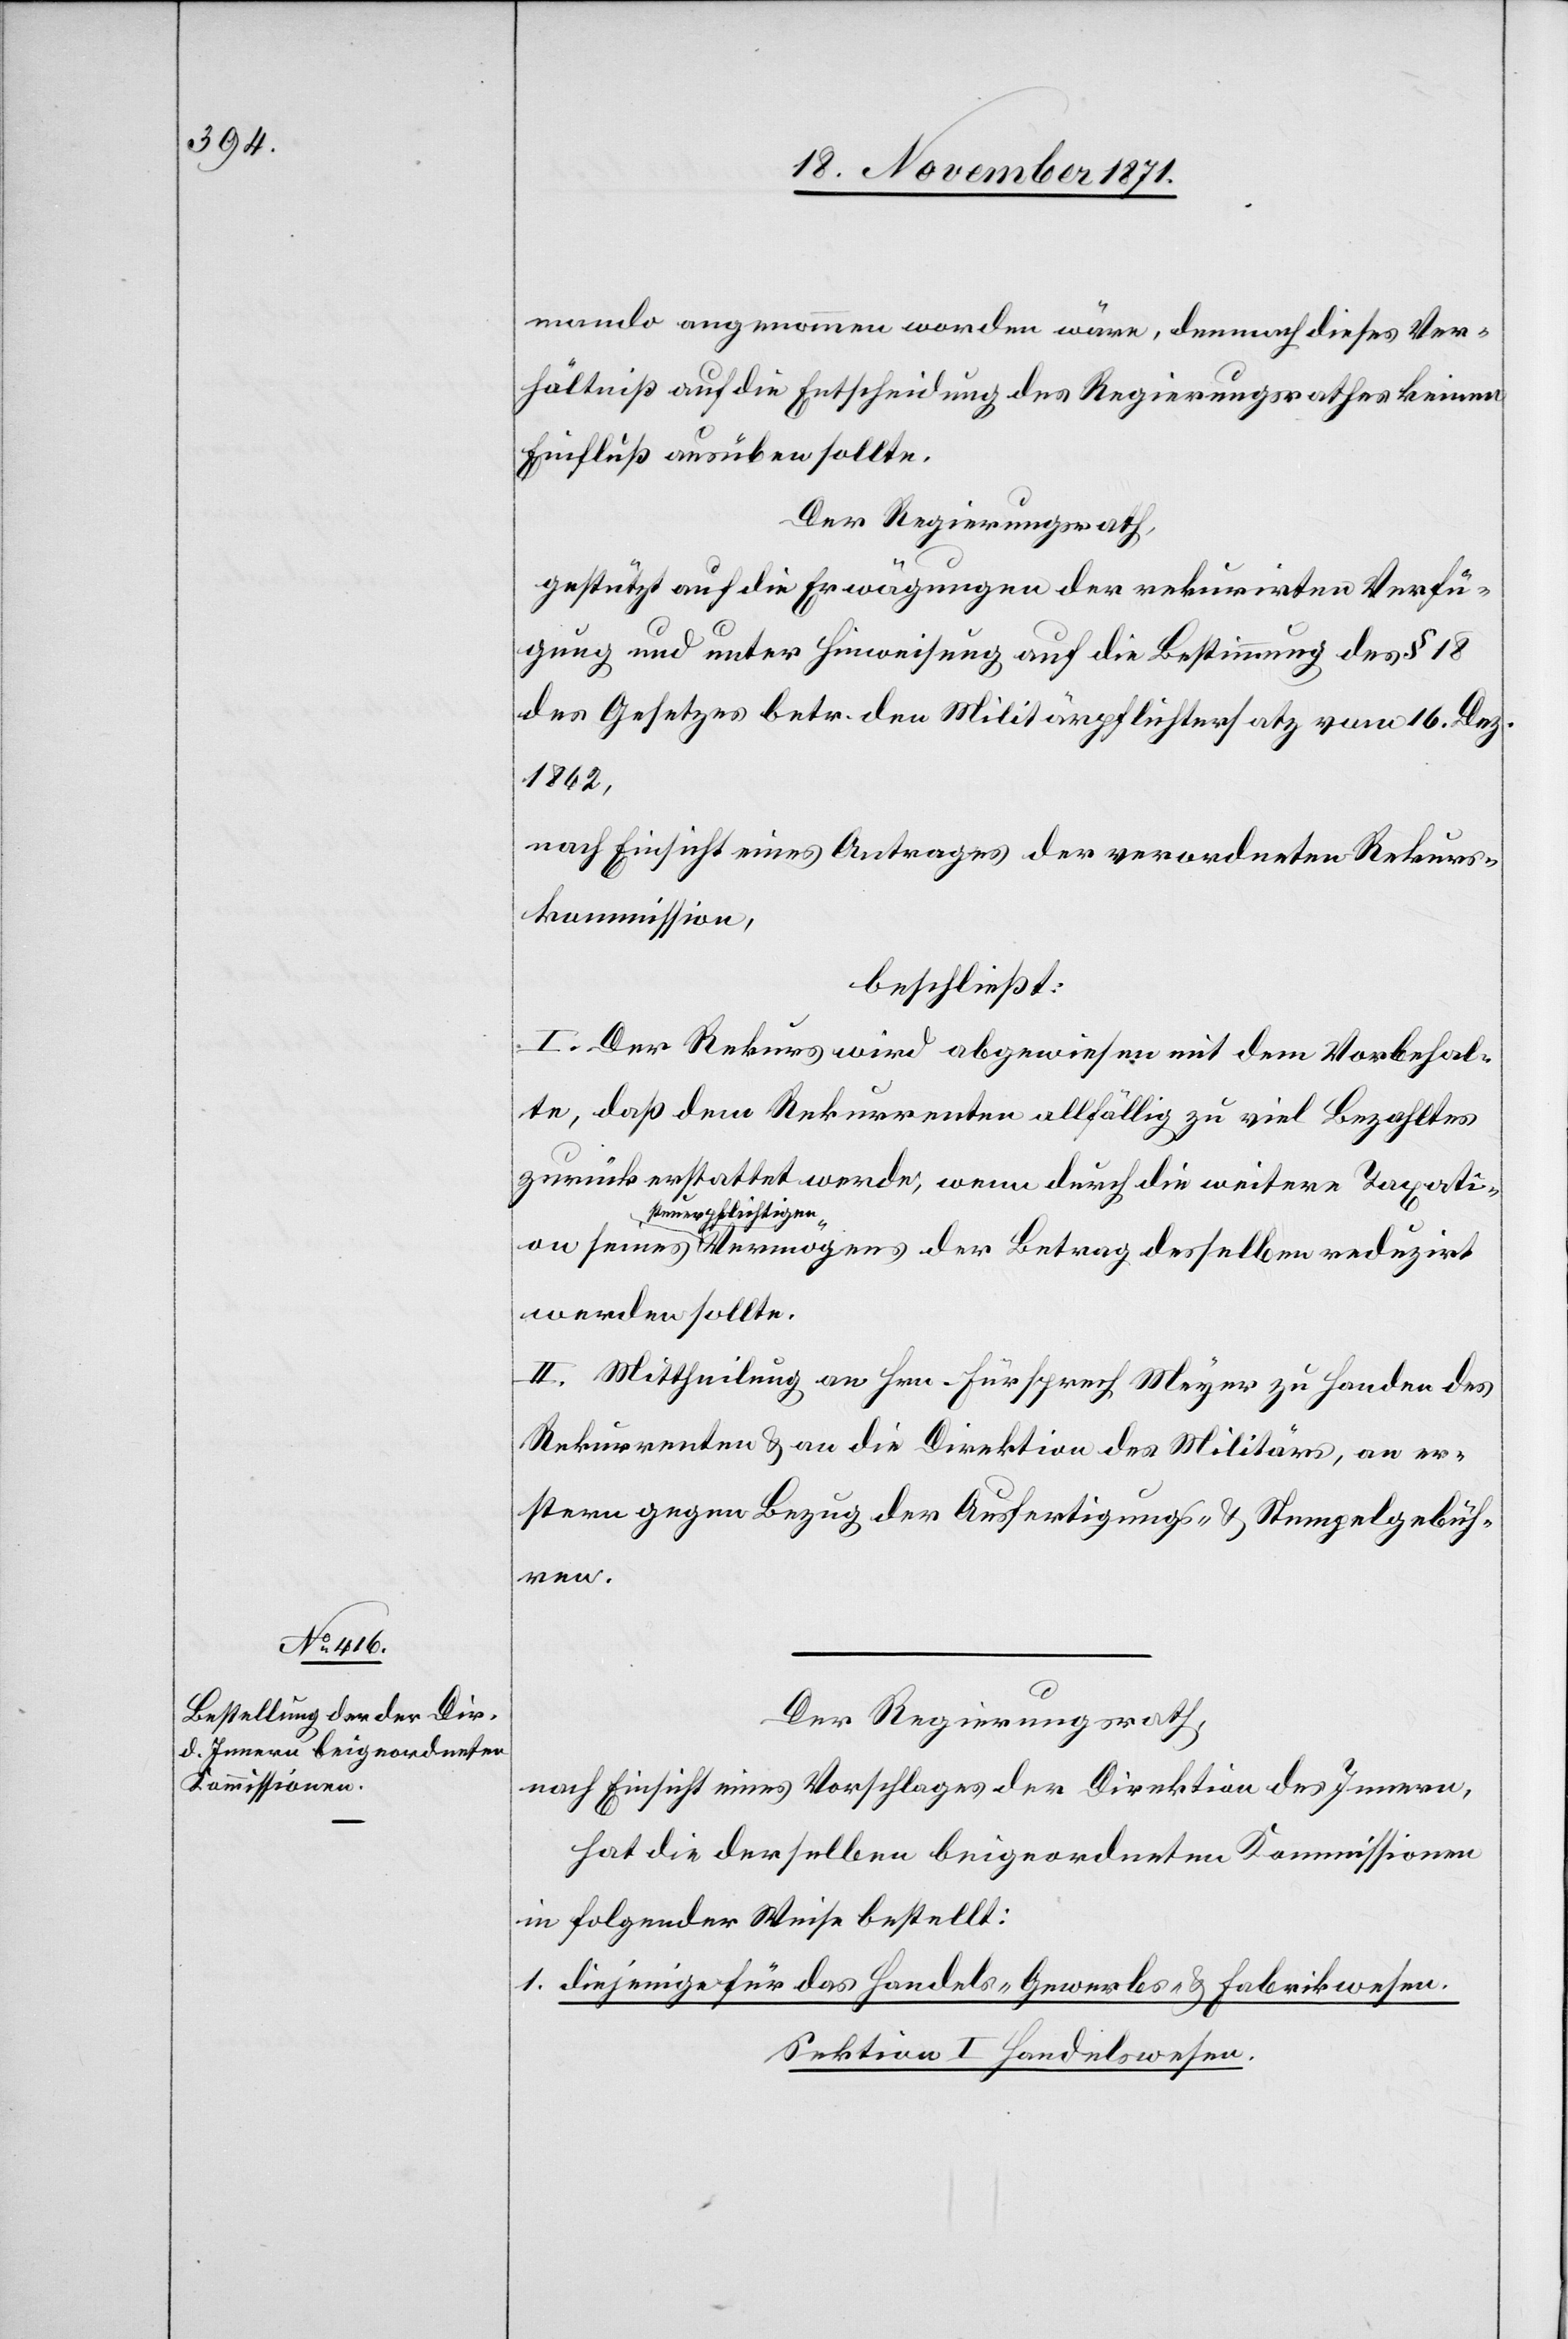
mando angenommen worden wäre, demnach dieses Ver¬
hältniß auf die Entscheidung des Regierungsrathes keinen
Einfluß ausüben sollte.
Der Regierungsrath,
gestützt auf die Erwägungen der rekurirten Verfü¬
gung und unter Hinweisung auf die Bestimmung des § 18
des Gesetzes betr. den Militärpflichtersatz vom 16. Dez.
1862,
nach Einsicht eines Antrages der verordneten Rekurs¬
kommission,
beschließt:
I. Der Rekurs wird abgewiesen mit dem Vorbehal¬
te, daß dem Rekurrenten allfällig zu viel Bezahltes
zurück erstattet werde, wenn durch die weitere Taxation
steuerpflichtigen
werden sollte.
II. Mittheilung an Hrn. Fürsprech Meyer zu Handen des
Rekurrenten & an die Direktion des Militärs, an er¬
stern gegen Bezug der Ausfertigungs- & Stempelgebüh¬
ren.
Der Regierungsrath,
nach Einsicht eines Vorschlages der Direktion des Innern,
hat die derselben beigeordneten Kommissionen
in folgender Weise bestellt:
1. diejenige des Handels- Gewerbs- & Fabrikwesen.
Sektion I Handelswesen.